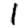
Digit: 1